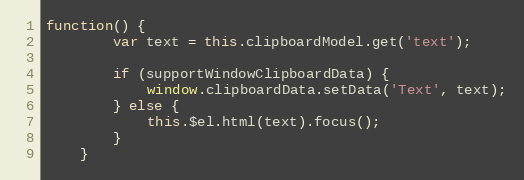
Language: JavaScript
function() {
        var text = this.clipboardModel.get('text');

        if (supportWindowClipboardData) {
            window.clipboardData.setData('Text', text);
        } else {
            this.$el.html(text).focus();
        }
    }